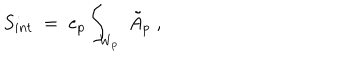
S _ { i n t } \; = \; e _ { p } \int _ { W _ { p } } \; \tilde { A } _ { p } \; ,